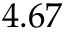
4 . 6 7